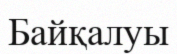
Байқалуы